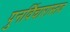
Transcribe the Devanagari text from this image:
पुनर्विचारास्तव